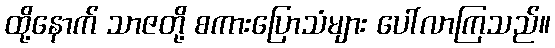
ထို့နောက် သာဇတို့ စကားပြောသံများ ပေါ်လာကြသည်။